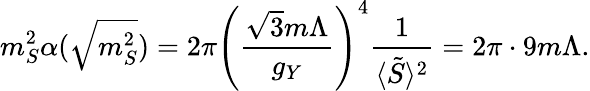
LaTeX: m_{S}^{2}\alpha(\sqrt{m_{S}^{2}})=2\pi\left({\frac{\sqrt{3}m\Lambda}{g_{Y}}}\right)^{4}{\frac{1}{\langle\tilde{S}\rangle^{2}}}=2\pi\cdot 9m\Lambda.